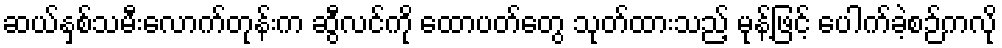
ဆယ်နှစ်သမီးလောက်တုန်းက ဆွီလင်ကို ထောပတ်တွေ သုတ်ထားသည့် မုန့်ဖြင့် ပေါက်ခဲ့စဉ်ကလို